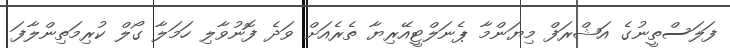
ފަލަސްތީނުގެ އަޝްރަފް މިޔަންމާ ޕެނަލްޓީއޭރިޔާ ތެރެއަށް ވަދެ ފޮނުވާލި ހަމަލާ ގޯލް ކުރިމަތިންލާފަ